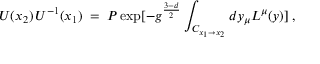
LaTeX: U ( x _ { 2 } ) \, U ^ { - 1 } ( x _ { 1 } ) \; = \; { \cal P } \exp [ - g ^ { \frac { 3 - d } { 2 } } \int _ { C _ { x _ { 1 } \to x _ { 2 } } } d y _ { \mu } L ^ { \mu } ( y ) ] \; ,